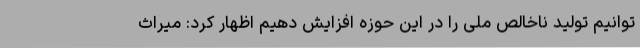
توانیم تولید ناخالص ملی را در این حوزه افزایش دهیم اظهار کرد: میراث